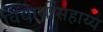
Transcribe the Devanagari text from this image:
विद्यार्थीसहाय्य